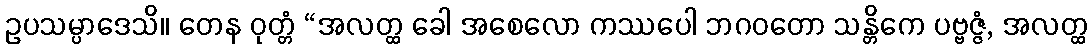
ဥပသမ္ပာဒေသိ။ တေန ဝုတ္တံ “အလတ္ထ ခေါ အစေလော ကဿပေါ ဘဂဝတော သန္တိကေ ပဗ္ဗဇ္ဇံ, အလတ္ထ